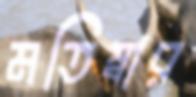
মতিম্বার